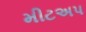
મીટઅપ